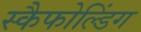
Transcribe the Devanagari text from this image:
स्कैफोल्डिंग